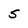
Character: s